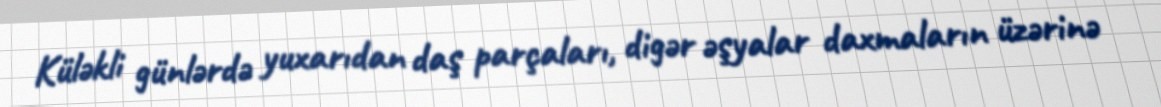
Küləkli günlərdə yuxarıdan daş parçaları, digər əşyalar daxmaların üzərinə